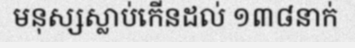
មនុស្សស្លាប់កើនដល់ ១៣៨នាក់